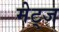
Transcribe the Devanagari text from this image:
मेट्ज